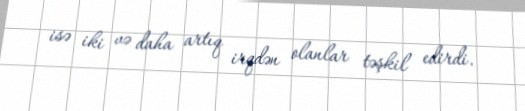
isə iki və daha artıq irqdən olanlar təşkil edirdi.